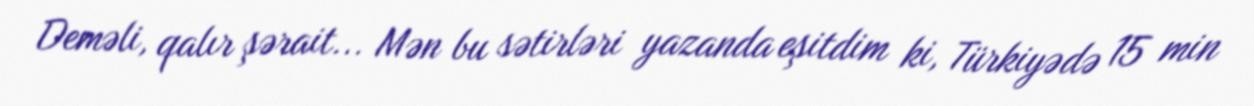
Deməli, qalır şərait... Mən bu sətirləri yazanda eşitdim ki, Türkiyədə 15 min